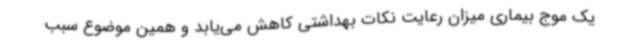
یک موج بیماری میزان رعایت نکات بهداشتی کاهش می‌یابد و همین موضوع سبب